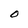
Character: O